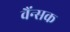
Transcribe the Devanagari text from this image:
वैंन्सक